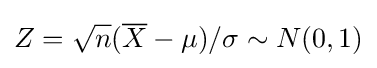
Z={\sqrt {n}}({\overline {X}}-\mu )/\sigma \sim N(0,1)